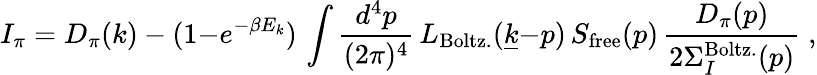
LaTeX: I_{\pi}=D_{\pi}(k)-(1{-}e^{-\beta E_{k}})\, \int{\frac{d^{4}p}{(2\pi)^{4}}}\, L_{\mathrm{Boltz.}}(\underline{{{k}}}{-}p)\, S_{\mathrm{free}}(p)\, {\frac{D_{\pi}(p)}{2\Sigma_{I}^{\mathrm{Boltz.}}(p)}}\; ,